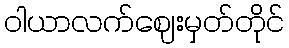
ဝါယာလက်ဈေးမှတ်တိုင်